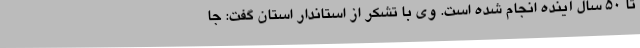
تا 50 سال آینده انجام شده است. وی با تشکر از استاندار استان گفت: جا